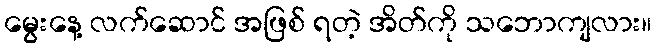
မွေးနေ့ လက်ဆောင် အဖြစ် ရတဲ့ အိတ်ကို သဘောကျလား။